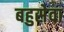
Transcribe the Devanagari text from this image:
बहुसेवा